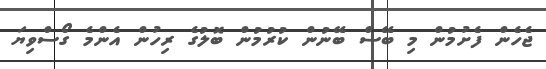
ޖެހެން ފެށުމުން މި ބޭސް ބޭނުން ކުރުުމުން ބޮލުގެ ރިހުން އެންމެ ގޯސްވިޔަ